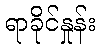
ရာခိုင်နှုန်း